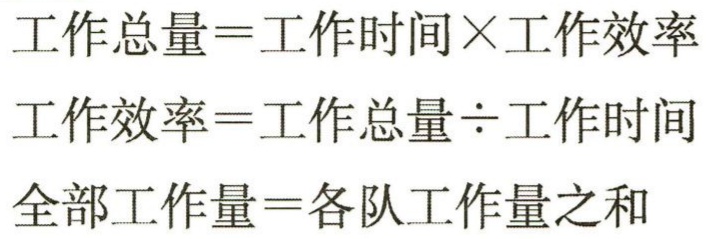
工作总量=工作时间×工作效率

工作效率=工作总量÷工作时间

全部工作量=各队工作量之和